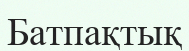
Батпақтық